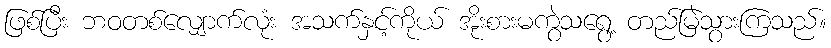
ဖြစ်ပြီး ဘဝတစ်လျှောက်လုံး အသက်နှင့်ကိုယ် အိုးစားမကွဲသရွေ့ တည်မြဲသွားကြသည်။